Vaccination United Provinces of Agra and Oudh 1902-1913 - 1902-1913
Year: 1902
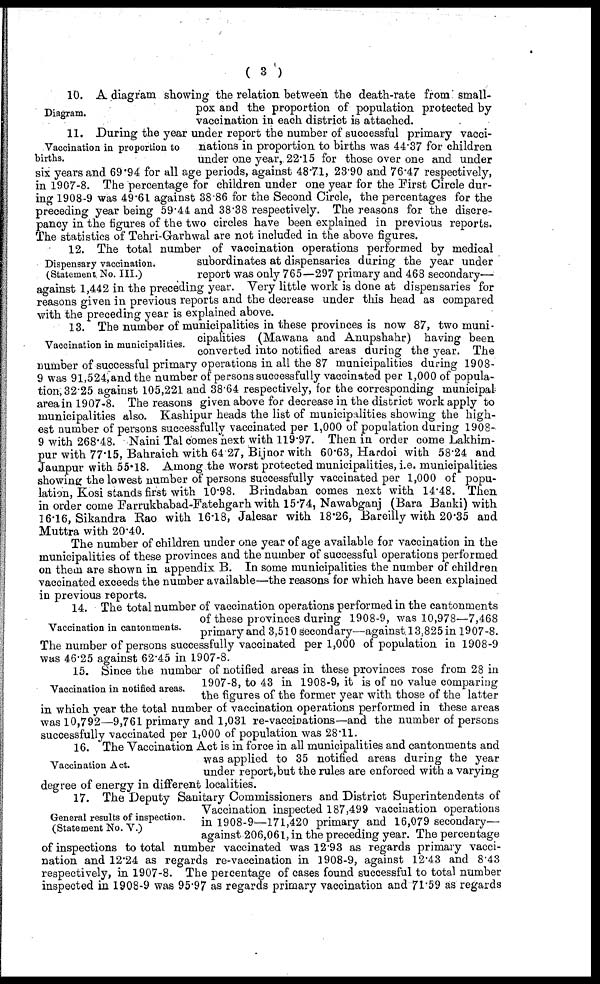
( 3 )
Diagram.
10. A diagram showing the relation between the death-rate from small-
pox and the proportion of population protected by
vaccination in each district is attached.
Vaccination in proportion to
births.
11. During the year under report the number of successful primary vacci-
nations in proportion to births was 44.37 for children
under one year, 22.15 for those over one and under
six years and 69 94 for all age periods, against 48.71, 23.90 and 76.47 respectively,
in 1907-8. The percentage for children under one year for the First Circle dur-
ing 1908-9 was 49.61 against 38.86 for the Second Circle, the percentages for the
preceding year being 59.44 and 38.38 respectively. The reasons for the discre-
pancy in the figures of the two circles have been explained in previous reports.
The statistics of Tehri-Garhwal are not included in the above figures.
Dispensary vaccination.
(Statement No. III.)
12. The total number of vaccination operations performed by medical
subordinates at dispensaries during the year under
report was only 765—297 primary and 468 secondary—
against 1,442 in the preceding year. Very little work is done at dispensaries for
reasons given in previous reports and the decrease under this head as compared
with the preceding year is explained above.
Vaccination in municipalities
13. The number of municipalities in these provinces is now 87, two muni-
cipalities (Mawana and Anupshahr) having been
converted into notified areas during the year. The
number of successful primary operations in all the 87 municipalities during 1908-
9 was 91,524,and the number of persons successfully vaccinated per 1,000 of popula-
tion, 32.25 against 105,221 and 38.64 respectively, for the corresponding municipal
area in 1907-8. The reasons given above for decrease in the district work apply to
municipalities also. Kashipur heads the list of municipalities showing the high-
est number of persons successfully vaccinated per 1,000 of population during 1908-
9 with 268.48. Naini Tal comes next with 119.97. Then in order come Lakhim-
pur with 77.15, Bahraich with 64.27, Bijnor with 60.63, Hardoi with 58.24 and
Jaunpur with 55.18. Among the worst protected municipalities, i.e. municipalities
showing the lowest number of persons successfully vaccinated per 1,000 of popu-
lation, Kosi stands first with 10.98. Brindaban comes next with 14.48. Then
in order come Farrukhabad-Fatehgarh with 15.74, Nawabganj (Bara Banki) with
16.16, Sikandra Rao with 16.18, Jalesar with 18.26, Bareilly with 20.35 and
Muttra with 20.40.
The number of children under one year of age available for vaccination in the
municipalities of these provinces and the number of successful operations performed
on them are shown in appendix B. In some municipalities the number of children
vaccinated exceeds the number available—the reasons for which have been explained
in previous reports.
Vaccination in cantonments.
14. The total number of vaccination operations performed in the cantonments
of these provinces during 1908-9, was 10,978—7,468
primary and 3,510 secondary—against 13,825 in 1907-8.
The number of persons successfully vaccinated per 1,000 of population in 1908-9
was 46.25 against 62.45 in 1907-8.
Vaccination in notified areas.
15. Since the number of notified areas in these provinces rose from 28 in
1907-8, to 43 in 1908-9, it is of no value comparing
the figures of the former year with those of the latter
in which year the total number of vaccination operations performed in these areas
was 10,792—9,761 primary and 1,031 re-vaccinations—and the number of persons
successfully vaccinated per 1,000 of population was 28.11.
Vaccination Act.
16. The Vaccination Act is in force in all municipalities and cantonments and
was applied to 35 notified areas during the year
under report,but the rules are enforced with a varying
degree of energy in different localities.
General results of inspection.
(Statement No. V.)
17. The Deputy Sanitary Commissioners and District Superintendents of
Vaccination inspected 187,499 vaccination operations
in 1908-9—171,420 primary and 16,079 secondary—
against 206,061, in the preceding year. The percentage
of inspections to total number vaccinated was 12.93 as regards primary vacci-
nation and 12.24 as regards re-vaccination in 1908-9, against 12.43 and 8.43
respectively, in 1907-8. The percentage of cases found successful to total number
inspected in 1908-9 was 95.97 as regards primary vaccination and 71*59 as regards